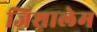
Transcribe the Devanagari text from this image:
जिशालेम